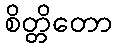
စိတ္တိတော